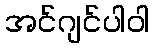
အင်ဂျင်ပါဝါ